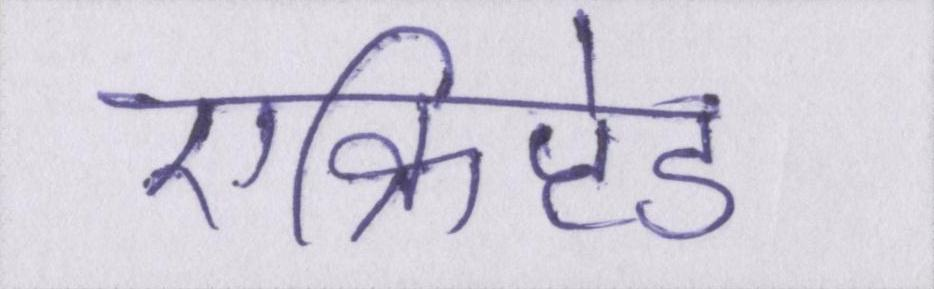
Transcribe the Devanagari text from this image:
एन्क्रिप्टेड